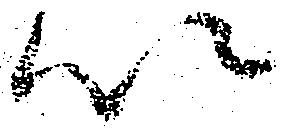
以